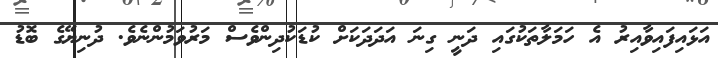
އަޅައިފައިވާއިރު އެ ހަމަލާތަކުގައި ދަނީ ގިނަ އަދަދަކަށް ކުޑަކުދިންވެސް މަރުވަމުންނެވެ. ދުނިޔޭގެ ބޮޑު